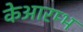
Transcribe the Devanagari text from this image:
केआरम्भ